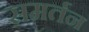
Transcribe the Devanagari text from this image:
समर्तन